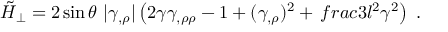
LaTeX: \tilde { { \cal H } } _ { \perp } = 2 \sin \theta \ | \gamma _ { , \rho } | \left( 2 \gamma \gamma _ { , \rho \rho } - 1 + ( \gamma _ { , \rho } ) ^ { 2 } + \, f r a c { 3 } { l ^ { 2 } } \gamma ^ { 2 } \right) \ .